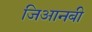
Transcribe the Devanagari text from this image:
जिआनबी